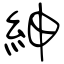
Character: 紳